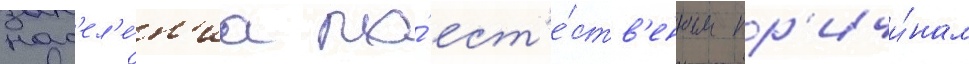
нас'ел'е́н'иа по́ ест'е́ств'енным пр'ичи́нам